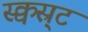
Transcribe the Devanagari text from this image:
स्क्वस्र्ट